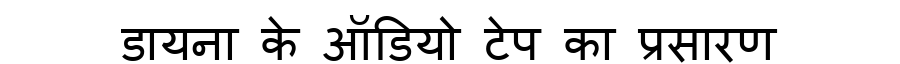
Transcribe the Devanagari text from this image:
डायना के ऑडियो टेप का प्रसारण